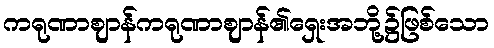
ကရုဏာဈာန်ကရုဏာဈာန်၏ရှေးအဘို့၌ဖြစ်သော